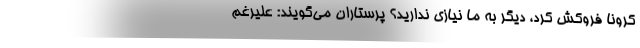
کرونا فروکش کرد، دیگر به ما نیازی ندارید؟ پرستاران می‌گویند: علیرغم